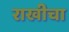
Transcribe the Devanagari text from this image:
राखीचा